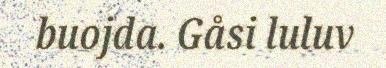
buojda. Gåsi luluv